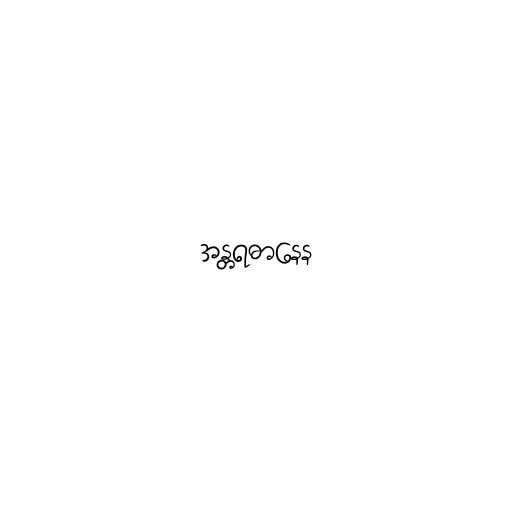
အန္တရဓာနေန